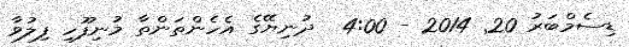
ޑިސެމްބަރު 20